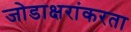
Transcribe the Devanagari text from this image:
जोडाक्षरांकरता